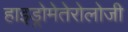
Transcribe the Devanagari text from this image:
हाइड्रोमेतेरोलोजी